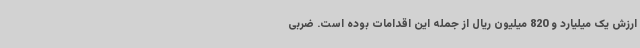
ارزش یک میلیارد و 820 میلیون ریال از جمله این اقدامات بوده است. ضربی